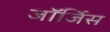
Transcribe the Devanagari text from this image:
जॉर्जिस